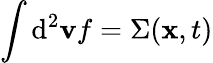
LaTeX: \int\mathrm{d}^{2}\mathbf{v}f=\Sigma(\mathbf{x},t)